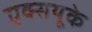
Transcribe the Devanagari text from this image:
एक्सयूके